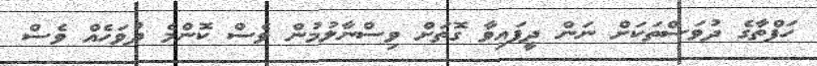
ހަފްތާގެ ދުވަސްތަކަށް ނަން ދީފައިވާ ގޮތަށް ވިސްނާލުމުން ވެސް ކޮންމެ ދުވަހެއް ވެސް